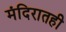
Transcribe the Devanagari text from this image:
मंदिरातही